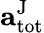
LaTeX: \mathbf{a}_{\mathrm{tot}}^{\mathrm{J}}